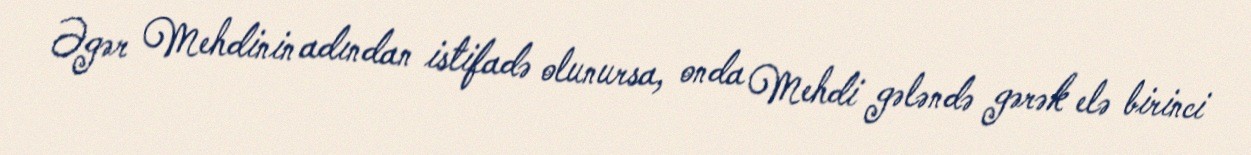
Əgər Mehdinin adından istifadə olunursa, onda Mehdi gələndə gərək elə birinci